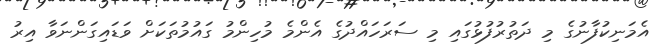
އެމަނިކުފާނުގެ މި ދަތުރުފުޅުގައި މި ސަރަހައްދުގެ އެންމެ މުހިންމު ގައުމުތަކަށް ވަޑައިގަންނަވާ އިރު